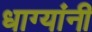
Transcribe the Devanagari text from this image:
धाग्‍यांनी